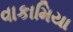
વાકામિયા